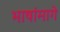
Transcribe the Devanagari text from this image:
भाषांमागे